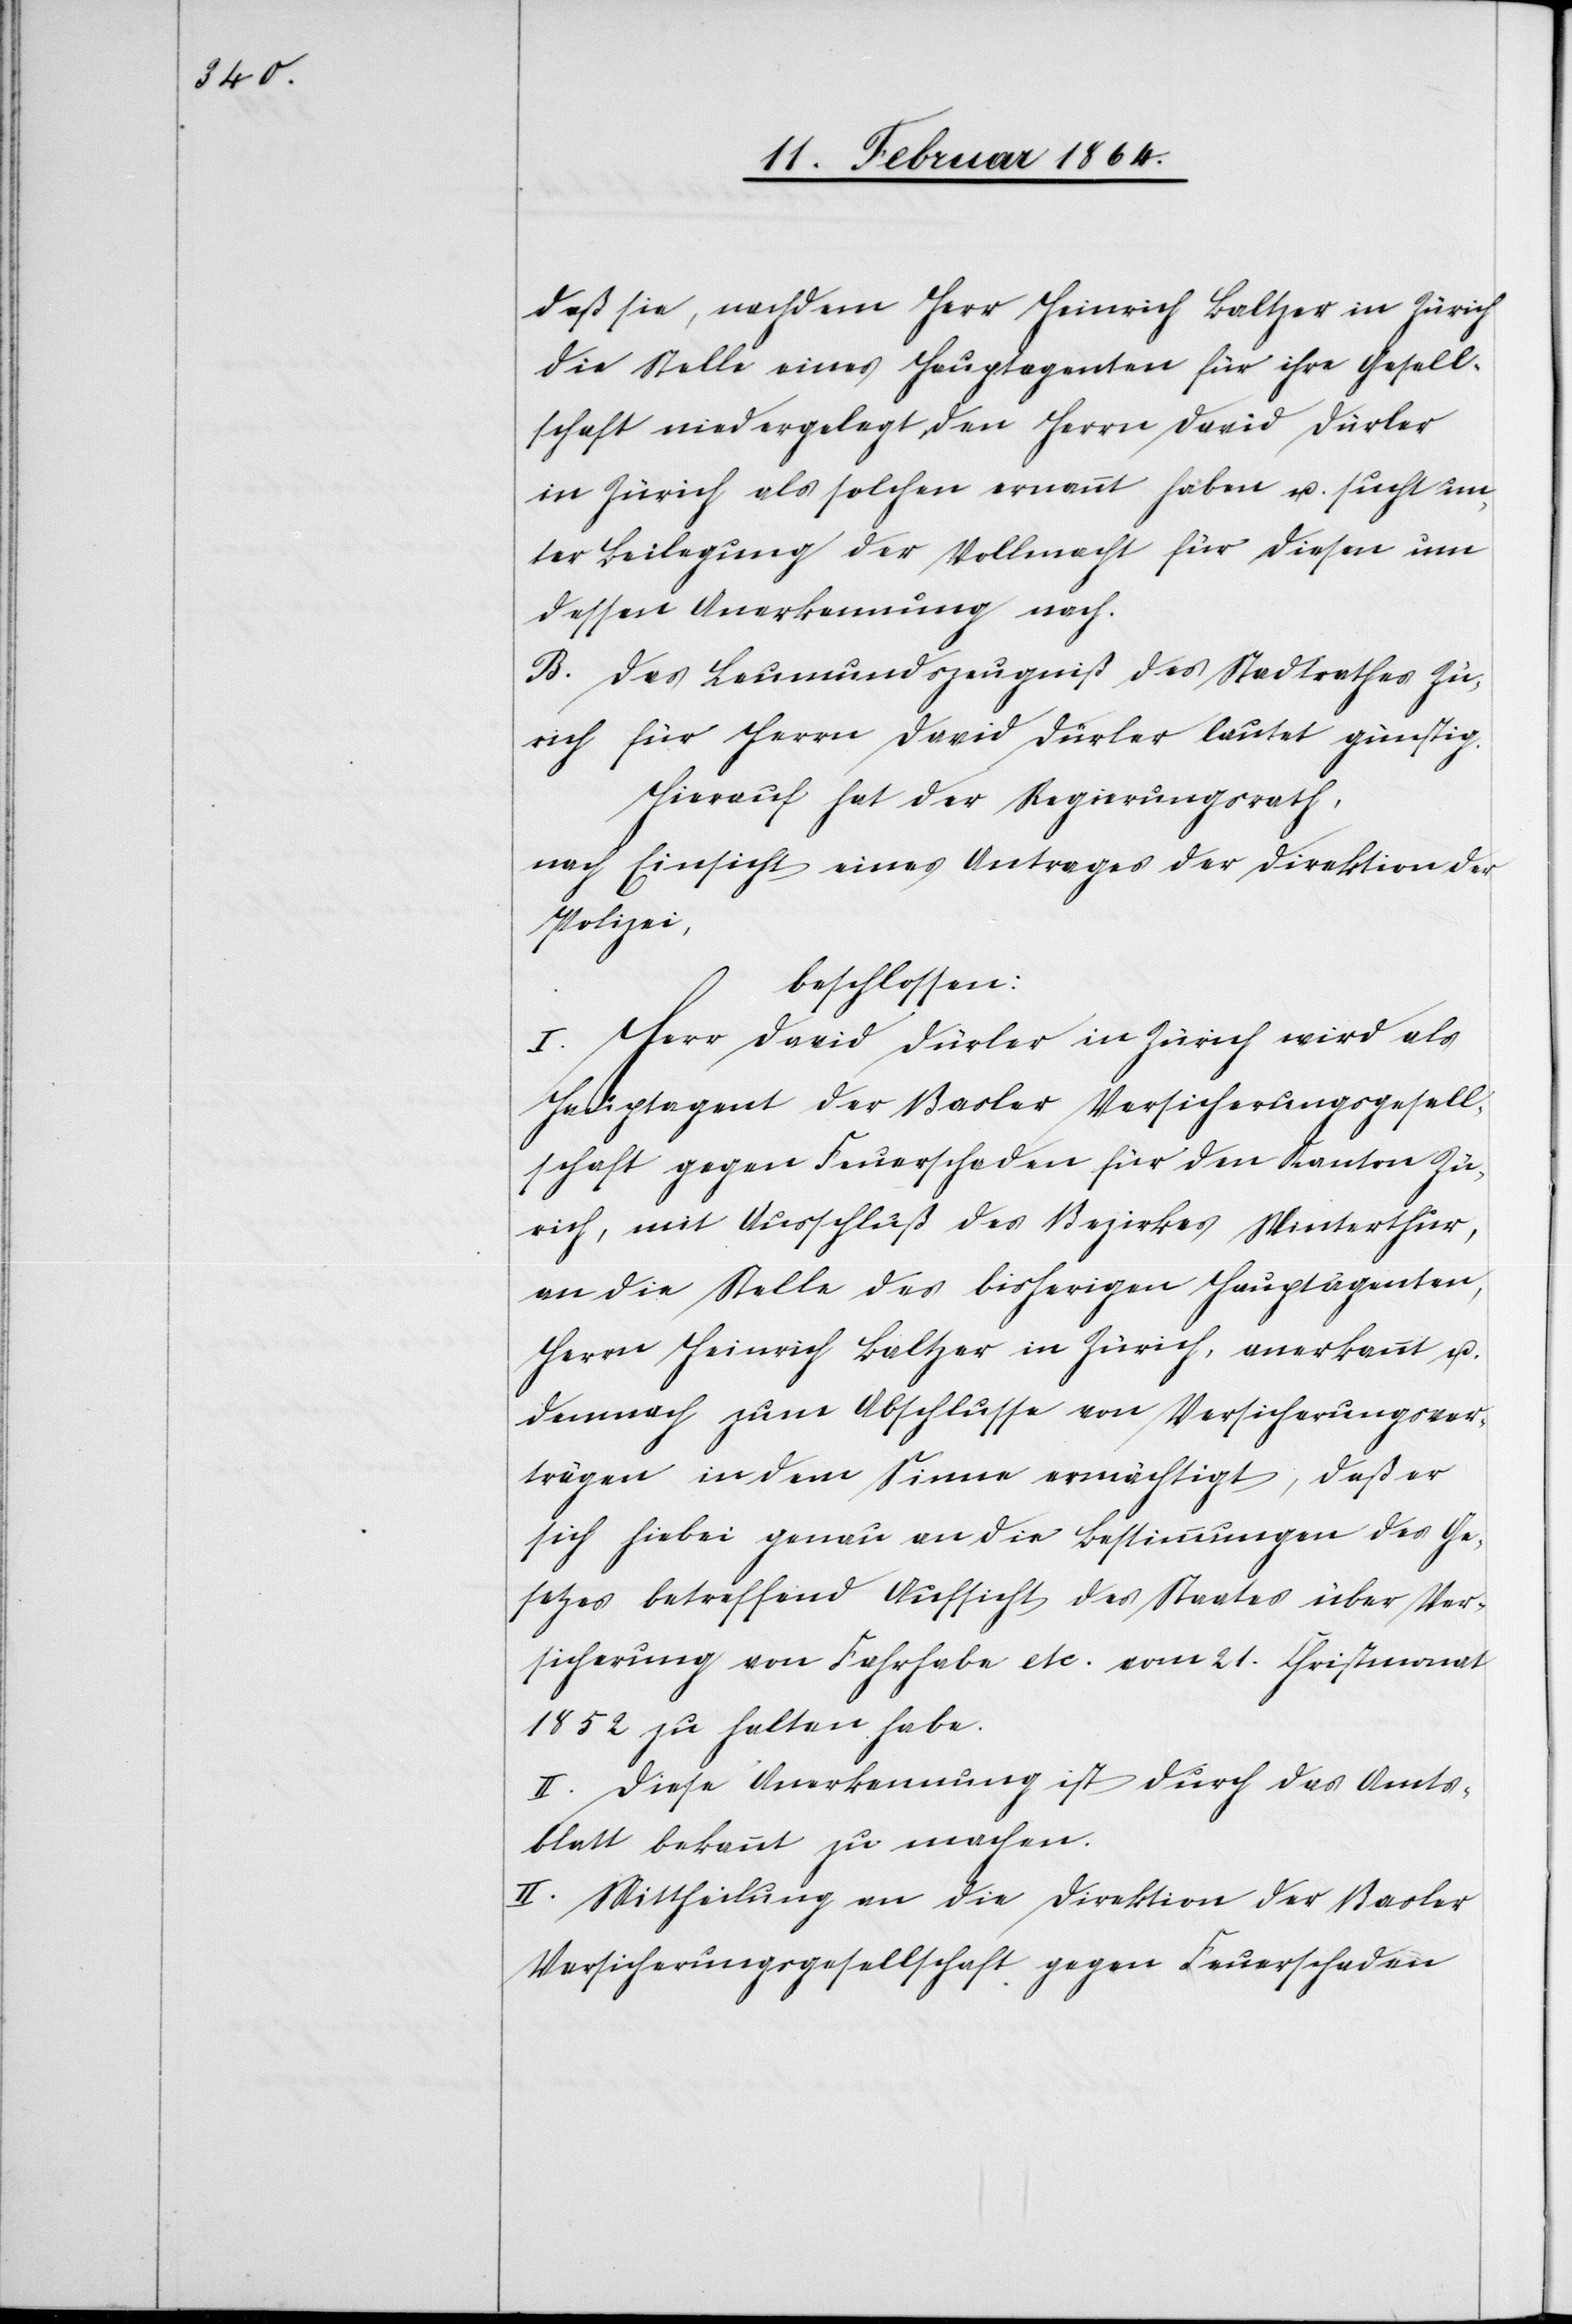
daß sie, nachdem Herr Heinrich Baltzer in Zürich
die Stelle eines Hauptagenten für ihre Gesell¬
schaft niedergelegt, den Herrn David Dürler
in Zürich als solchen ernannt haben u. sucht un¬
ter Beilegung der Vollmacht für diesen um
dessen Anerkennung nach.
B. Das Leumundszeugniß des Stadtrathes Zü¬
rich für Herrn David Dürler lautet günstig.
Hierauf hat der Regierungsrath,
nach Einsicht eines Antrages der Direktion der
Polizei,
beschlossen:
I. Herr David Dürler in Zürich wird als
Hauptagent der Basler Versicherungsgesell¬
schaft gegen Feuerschaden für den Kanton Zü¬
rich, mit Ausschluß des Bezirkes Winterthur,
an die Stelle des bisherigen Hauptagenten,
Herrn Heinrich Baltzer in Zürich, anerkannt u.
demnach zum Abschlusse von Versicherungsver¬
trägen in dem Sinne ermächtigt, daß er
sich hiebei genau an die Bestimmungen des Ge¬
setzes betreffend Aufsicht des Staates über Ver¬
sicherung von Fahrhabe etc. vom 21. Christmonat
1852 zu halten habe.
II. Diese Anerkennung ist durch das Amts¬
blatt bekannt zu machen.
III] Mittheilung an die Direktion der Basler
Versicherungsgesellschaft gegen Feuerschaden